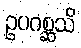
ဥပဂစ္ဆသိ